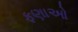
ફણાઓ